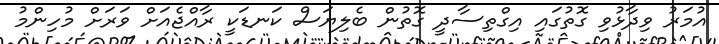
އުމަރު ވިދާޅުވި ގޮތުގައި އިގްތިސާދީ ގޮތުން ބެލިޔަސް ކަނޑަކީ ރާއްޖެއަށް ވަރަށް މުހިންމު